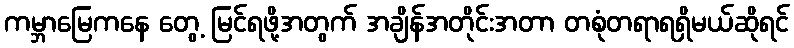
ကမ္ဘာမြေကနေ တွေ့ မြင်ရဖို့အတွက် အချိန်အတိုင်းအတာ တစုံတရာရရှိမယ်ဆိုရင်